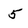
Character: 5